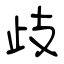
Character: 歧